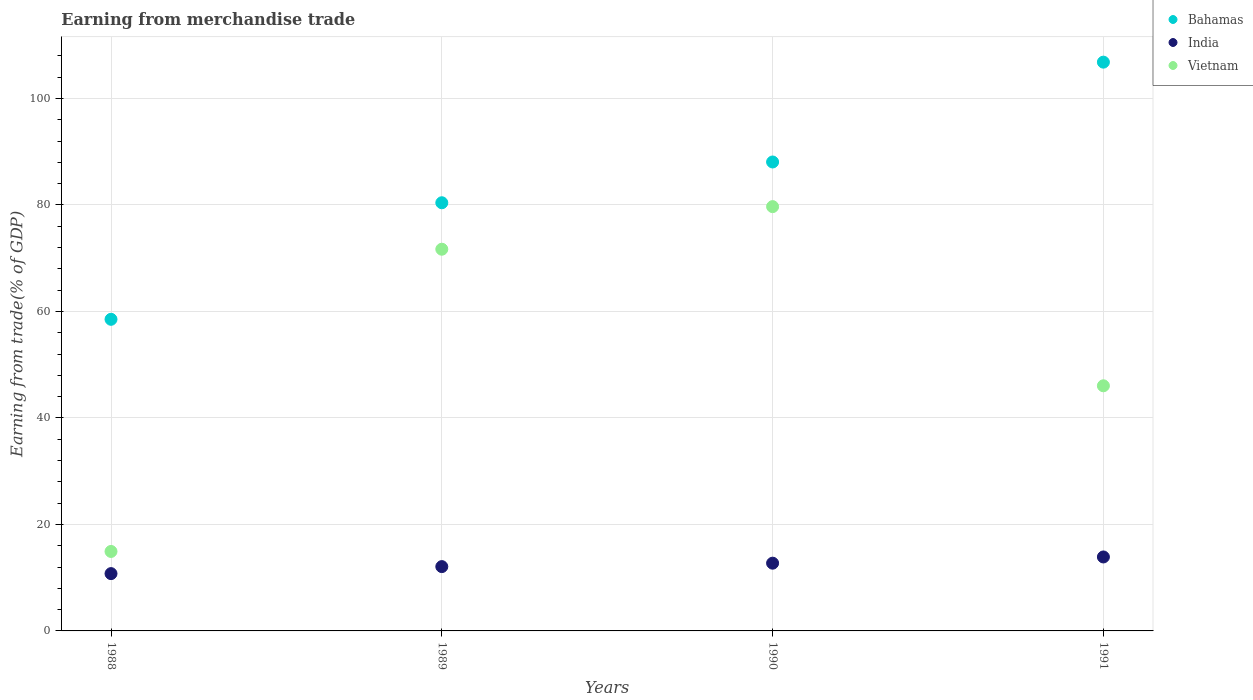
| Years | Bahamas | India | Vietnam |
 | --- | --- | --- | --- |
 | 1988 | 58.5 | 10.8 | 14.9 |
 | 1989 | 80.4 | 12.1 | 71.7 |
 | 1990 | 88.1 | 12.7 | 79.7 |
 | 1991 | 107 | 13.9 | 46 |